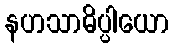
နဟသာဓိပ္ပါယော